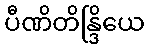
ပီဏိတိန္ဒြိယေ